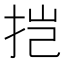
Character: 𫼥